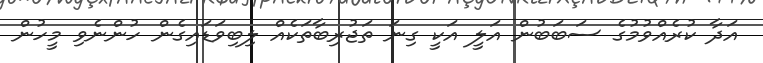
އަދާ ކުރެއްވުމުގެ ސަބަބުން އަލީ އަކީ ގިނަ ތަޖުރިބާތަކެއް ލިބިވަޑައިގެން ހުންނެވި މީހުން